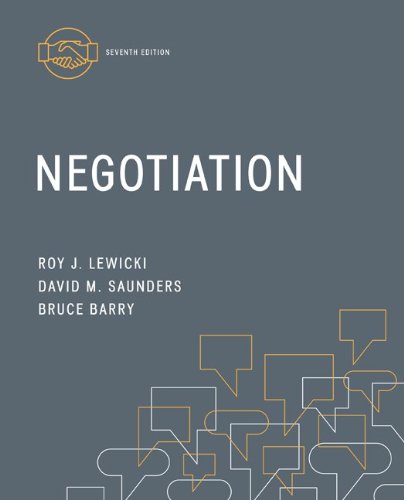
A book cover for Negotiation; Roy Lewicki; Business & Money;